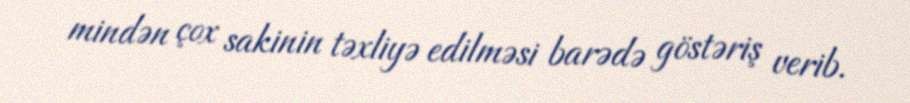
mindən çox sakinin təxliyə edilməsi barədə göstəriş verib.